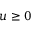
u \ge 0